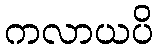
ကလာယပိ